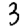
Digit: 3